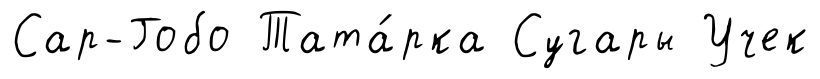
Сар-Гобо Тата́рка Сугары Учек